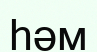
һәм